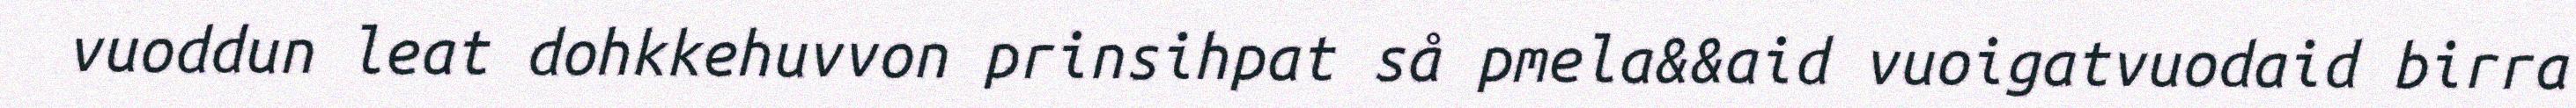
vuoddun leat dohkkehuvvon prinsihpat så pmela&&aid vuoigatvuodaid birra